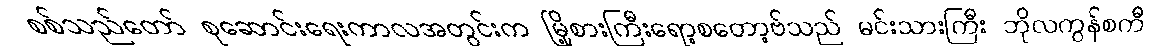
စစ်သည်တော် စုဆောင်းရေးကာလအတွင်းက မြို့စားကြီးရော့စတော့ဗ်သည် မင်းသားကြီး ဘိုလကွန်စကီ